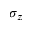
\sigma _ { z }